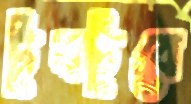
টুবটুবে